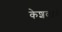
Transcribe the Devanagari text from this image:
केशवदवे